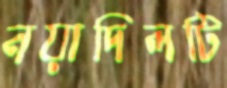
নয়াদিলটি